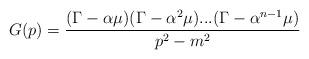
LaTeX: \begin{align*}G(p)=\frac{(\Gamma -\alpha \mu )(\Gamma -\alpha ^{2}\mu )...(\Gamma -\alpha^{n-1}\mu )}{p^{2}-m^{2}} \end{align*}